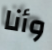
وأنا